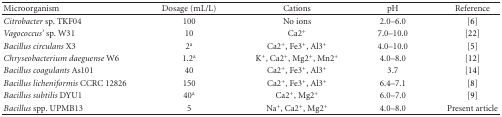
<table><thead><tr><td><b>Microorganism</b></td><td><b>Dosage (mL/L)</b></td><td><b>Cations</b></td><td><b>pH</b></td><td><b>Reference</b></td></tr></thead><tbody><tr><td><i>Citrobacter </i>sp. TKF04</td><td>100</td><td>No ions</td><td>2.0–6.0</td><td>[6]</td></tr><tr><td><i>Vagococcus&#x27;</i> sp. W31</td><td>10</td><td>Ca2<sup>+</sup></td><td>7.0–10.0</td><td>[22]</td></tr><tr><td><i>Bacillus circulans</i> X3</td><td>2<sup>a</sup></td><td>Ca2<sup>+</sup>, Fe3<sup>+</sup>, Al3<sup>+</sup></td><td>4.0–10.0</td><td>[5]</td></tr><tr><td><i>Chryseobacterium daeguense</i> W6</td><td>1.2<sup>a</sup></td><td>K<sup>+</sup>, Ca2<sup>+</sup>, Mg2<sup>+</sup>, Mn2<sup>+</sup></td><td>4.0–8.0</td><td>[12]</td></tr><tr><td><i>Bacillus coagulants</i> As101</td><td>40</td><td>Ca2<sup>+</sup>, Fe3<sup>+</sup>, Al3<sup>+</sup></td><td>3.7</td><td>[14]</td></tr><tr><td><i>Bacillus licheniformis</i> CCRC 12826</td><td>150</td><td>Ca2<sup>+</sup>, Fe3<sup>+</sup>, Al3<sup>+</sup></td><td>6.4–7.1</td><td>[8]</td></tr><tr><td><i>Bacillus subtilis</i> DYU1</td><td>40<sup>a</sup></td><td>Ca2<sup>+</sup>, Mg2<sup>+</sup></td><td>6.0–7.0</td><td>[9]</td></tr><tr><td><i>Bacillus </i>spp. UPMB13</td><td>5</td><td>Na<sup>+</sup>, Ca2<sup>+</sup>, Mg2<sup>+</sup></td><td>4.0–8.0</td><td>Present article</td></tr></tbody></table>